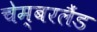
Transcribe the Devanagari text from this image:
चेम्बरलैंड